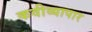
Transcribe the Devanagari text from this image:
कवीव्यापार